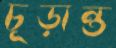
চূড়ান্ত